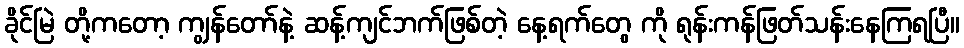
ခိုင်မြဲ တို့ကတော့ ကျွန်တော်နဲ့ ဆန့်ကျင်ဘက်ဖြစ်တဲ့ နေ့ရက်တွေ ကို ရုန်းကန်ဖြတ်သန်းနေကြရပြီ။